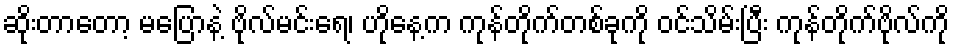
ဆိုးတာတော့ မပြောနဲ့ ဗိုလ်မင်းရေ၊ ဟိုနေ့က ကုန်တိုက်တစ်ခုကို ဝင်သိမ်းပြီး ကုန်တိုက်ဗိုလ်ကို